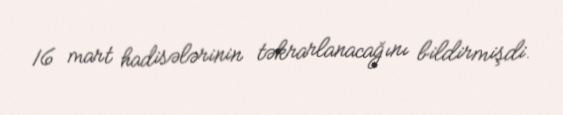
16 mart hadisələrinin təkrarlanacağını bildirmişdi.